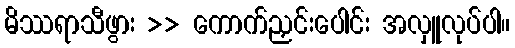
မိဿရာသီဖွား >> ကောက်ညှင်းပေါင်း အလှူလုပ်ပါ။